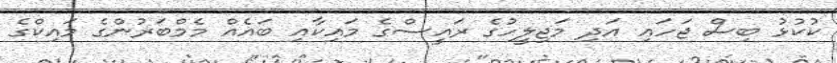
ކުކުޅު ބިސް ޖަހައި އަދި މަޖިލީހުގެ ރައީސްގެ މައިކާއި ބައެއް މެމްބަރުންގެ މައިކްގެ